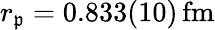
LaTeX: r_{\mathfrak{p}}=0.833(10)\, \mathrm{{fm}}